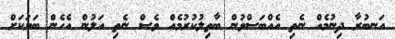
އަނބުރާ ދިނުމެއް ނެތި އެއްބަސްވުން ބާތިލުކުރުމެއް ވެސް ނެތި އަލުން އެހެން ބަޔަކަށް